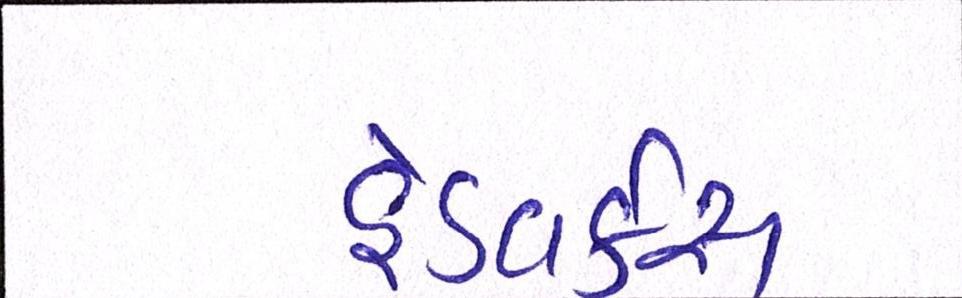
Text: હેડવર્કસ